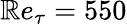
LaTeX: \mathbb{R}e_{\tau}=550